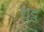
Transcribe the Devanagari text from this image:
शुट्ठ